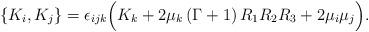
LaTeX: \begin{align*} \{K_i,K_j\}&=\epsilon_{ijk}\Big(K_{k}+2\mu_k\,(\Gamma+1)\,R_1R_2R_3+2\mu_i\mu_j\Big).\end{align*}